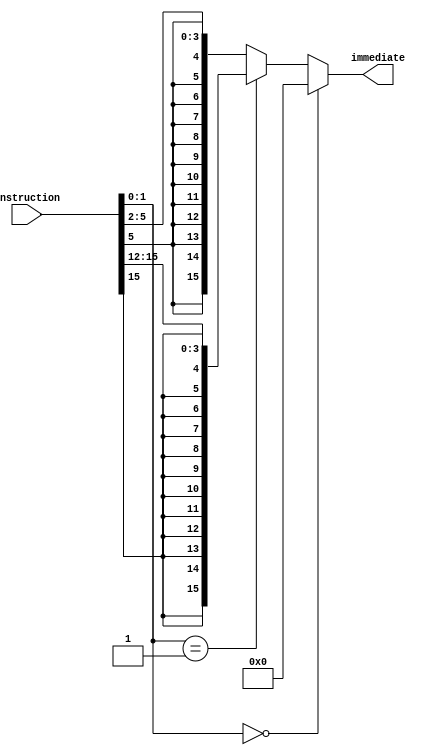
`timescale 1ns/1ns
module immediate_gen #(parameter instruction_size = 16)
(
    input wire [instruction_size-1:0] instruction,
    output wire [15:0] immediate
);

wire [1:0] opcode = instruction [1:0];

assign immediate =
    (opcode == 2'b00) ? 16'b0 :                                       //R-Type instructions have no immediate
    (opcode == 2'b01) ? {{13{instruction[15]}}, instruction[14:12]} : //I-Type (load) instructions
    (opcode == 2'b10) ? {{13{instruction[5]}}, instruction[4:2]} :    //S-Type instructions
                        {{13{instruction[5]}},instruction[4:2]};      //B-Type instructions (this is crazy)

endmodule